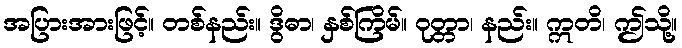
အပြားအားဖြင့်။ တစ်နည်း။ ဒွိဓာ၊ နှစ်ကြိမ်။ ဝုတ္တာ၊ နည်း။ ဣတိ၊ ဤသို့။